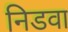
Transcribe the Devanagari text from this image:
निडवा